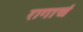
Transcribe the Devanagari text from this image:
रागाचं